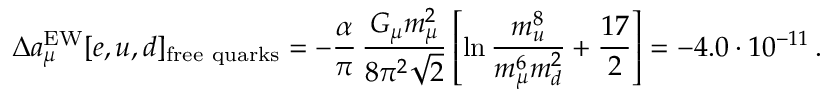
\Delta a _ { \mu } ^ { \mathrm { E W } } [ e , u , d ] _ { \mathrm { f r e e ~ q u a r k s } } = - \frac { \alpha } { \pi } \, \frac { G _ { \mu } m _ { \mu } ^ { 2 } } { 8 \pi ^ { 2 } \sqrt { 2 } } \left[ \ln \frac { m _ { u } ^ { 8 } } { m _ { \mu } ^ { 6 } m _ { d } ^ { 2 } } + \frac { 1 7 } { 2 } \right] = - 4 . 0 \cdot 1 0 ^ { - 1 1 } \, .